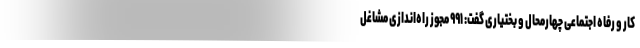
کار و رفاه اجتماعی چهارمحال و بختیاری گفت: ۹۹۱ مجوز راه‌اندازی مشاغل